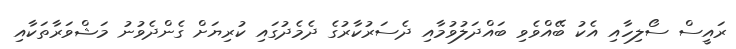
ރައީސް ސޯލިހާއި އެކު ބޭއްވެވި ބައްދަލުވުމާއި ދެސަރުކާރުގެ ދެމެދުގައި ކުރިޔަށް ގެންދެވުނު މަޝްވަރާތަކާއި